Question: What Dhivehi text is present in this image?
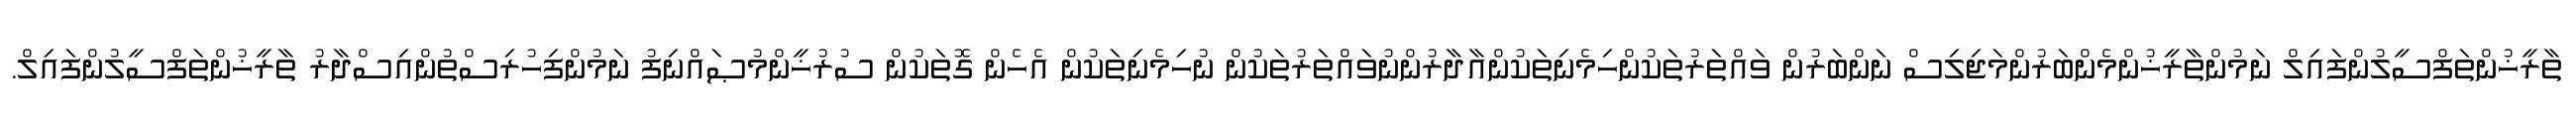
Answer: ތާރީޚުންތަފްސީލުންފައިލް ނަމުންތާރީޚުންމެންބަރުންމަޖިލިސް ނަންބަރުން ވައްތަރުތަކުންހިމެނިތަކުންއާދާރުންނުވައްތަރުތަކުން ނުހިމެނިތަކުން އެހެން ގޮތަކުން ސުރުޚީންމުޞައްނިފު ނަމުންފިހުރިސްތުންއިސްދާރު ތާރީޚުންތަފްސީލުންފައިލް.